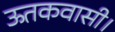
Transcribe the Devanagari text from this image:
ऊतकवासी।